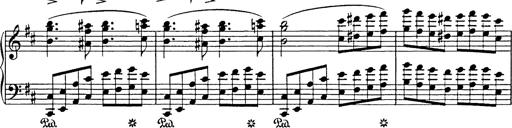
Title: Hungarian Rhapsody No.17
Composer: Franz Liszt
Key: D minor